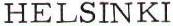
HELSINKI